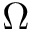
\Omega